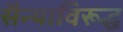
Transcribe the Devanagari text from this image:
सैन्याविरूद्ध